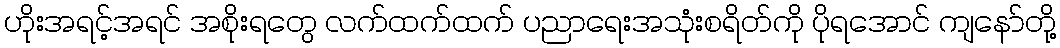
ဟိုးအရင့်အရင် အစိုးရတွေ လက်ထက်ထက် ပညာရေးအသုံးစရိတ်ကို ပိုရအောင် ကျနော်တို့